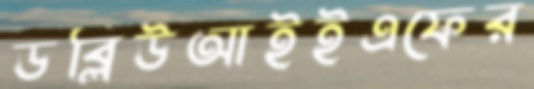
ডব্লিউআইইএফের